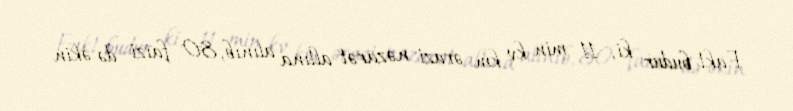
Fakt budur ki, 11 min kv km ərazi nəzarət altına alınıb, 80 faizi də əkin